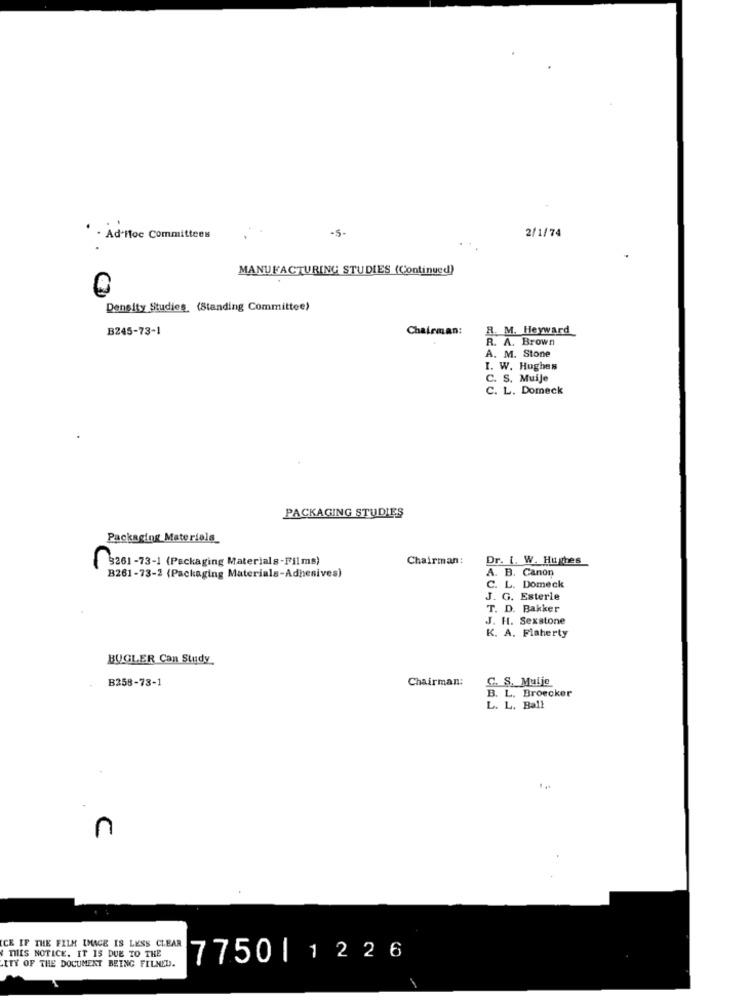
-5-
2/1/74
- Ad-Hoc Committees
MANUFACTURING STUDIES (Continued)
Density Studies (Standing Committee)
B245-73-1
Chairman:
R. M. Heyward
R. A. Brown
A. M. Stone
I. W. Hughes
C. S. Muije
. L. Domeck
PACKAGING STUDIES
Packaging Materials_
Chairman:
Dr. i. W. Hughes
3261-73-1 (Packaging Materials-Films)
A. B. Canon
B261-73-2 (Packaging Materials-Adhesives)
C. L. Domeck
J. G. Esterle
T. D. Bakker
J. H. Sexstone
K. A. Flaherty
BUGLER Can Study
B358-78-1
Chairman:
C. S. Muije
B. L. Broecker
L. L. Ball
n
CE IF THE FILM IMAGE IS LESS CLEAR
THIS NOTICE. IT IS DUE TO THE
7750|1226
ITY OF THE DOCUMENT BEING FILMED.